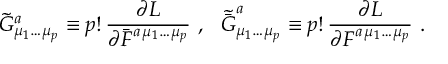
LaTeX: \tilde { G } _ { \mu _ { 1 } \ldots \mu _ { p } } ^ { a } \equiv p ! \, \frac { \partial L } { \partial \bar { F } ^ { a \, \mu _ { 1 } \ldots \mu _ { p } } } ~ , ~ ~ \tilde { \bar { G } } _ { \mu _ { 1 } \ldots \mu _ { p } } ^ { a } \equiv p ! \, \frac { \partial L } { \partial F ^ { a \, \mu _ { 1 } \ldots \mu _ { p } } } ~ .